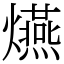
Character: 𤒈